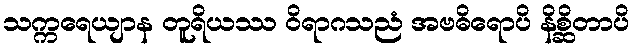
သက္ကရေယျာန တူရိယဿ ဝိရာဂသညံ အဗဓိရောပိ နိစ္ဆိတာပိ